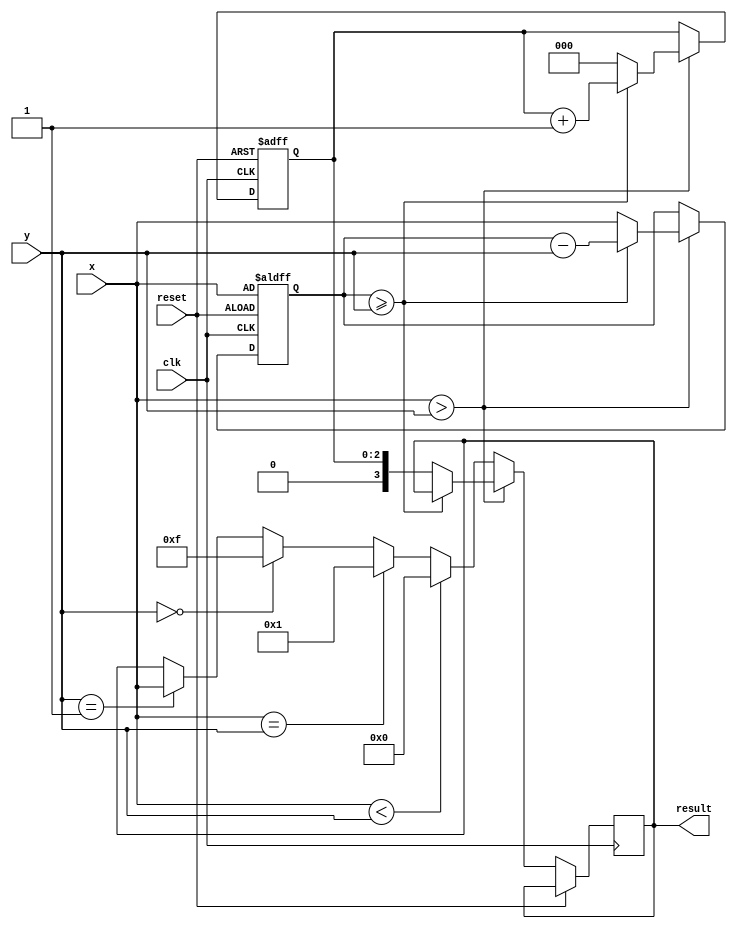
module division (reset, clk, x, y, result);
    input            reset, clk;
    input      [3:0] x, y;
    output reg [3:0] result;
    reg        [3:0] temp;
    reg        [2:0] counter;
    
    always @(posedge clk or posedge reset) begin
        if (reset) begin
            counter <= 3'd0;
            temp <= x;
        end
        else if (x>y) begin
            if (temp>=y) begin
                counter <= counter + 3'd1;
                temp <= temp-y;
            end
            else begin
                result <= counter;
                counter <= 3'd0;
                temp <= x;
            end
        end
        else begin
            if (x<y)       result <= 4'd0;
            else if (x==y) result <= 4'd1;
            else if (y==0) result <= 4'd15;
            else if (y==1) result <= x;
        end
    end
endmodule